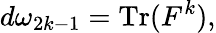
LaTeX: d\omega_{2k-1}=\operatorname{Tr}(F^{k}),